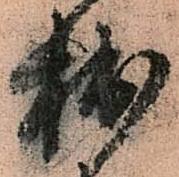
拙